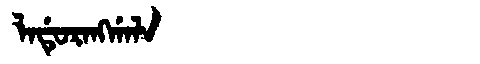
Manchu: ᠯᠠᡩᡠᡵᠠᠩᡤᠠᠯᠠ
Romanization: LADURANGGALA